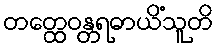
တတ္ထေဝန္တရဓာယိံသူတိ